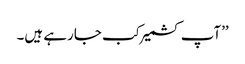
’’آپ کشمیر کب جارہے ہیں۔